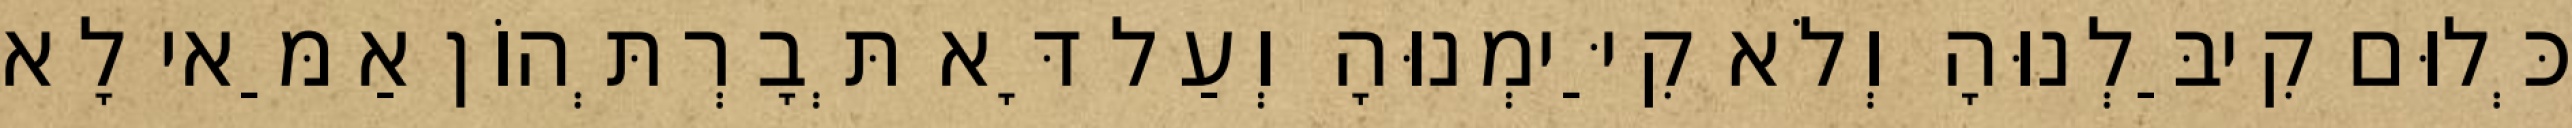
כְּלוּם קִיבַּלְנוּהָ וְלֹא קִיַּימְנוּהָ וְעַל דָּא תְּבָרְתְּהוֹן אַמַּאי לָא